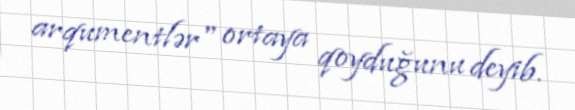
arqumentlər" ortaya qoyduğunu deyib.